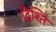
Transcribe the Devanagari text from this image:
द्रिश्ति